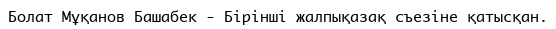
Болат Мұқанов Башабек - Бірінші жалпықазақ съезіне қатысқан.